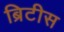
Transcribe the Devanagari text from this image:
ब्रिटीस